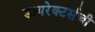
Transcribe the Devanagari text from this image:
डायरेक्टर्सची